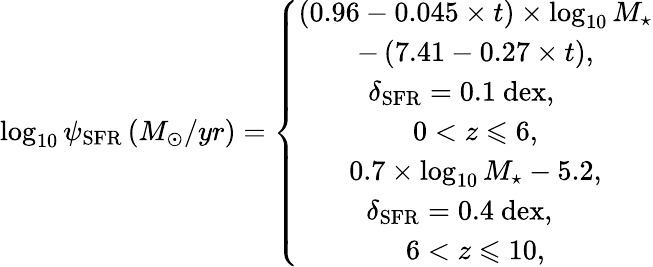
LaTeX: \log_{10}\psi_{\mathrm{SFR}}\left(M_{\odot}/yr\right)=\left\{ \begin{array}{c}{\left(0.96-0.045\times t\right)\times\log_{10}M_{\star}}\\ {-\left(7.41-0.27\times t\right),}\\ {\delta_{\mathrm{SFR}}=0.1~\mathrm{dex},\quad}\\ {{0<z\leqslant 6},}\\ {0.7\times\log_{10}M_{\star}-5.2,}\\ {\; \delta_{\mathrm{SFR}}=0.4~\mathrm{dex},\quad~}\\ {{6<z\leqslant 10},}\end{array}\right.